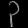
Digit: ၃